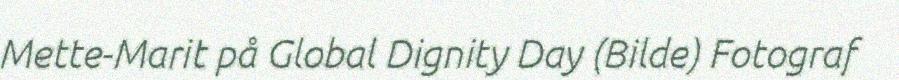
Mette-Marit på Global Dignity Day (Bilde) Fotograf